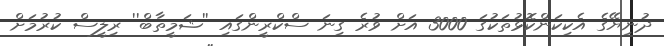
ދުނިޔޭގެ އެކިކަންކޮޅުތަކުގަ 3000 އަށް ވުރެ ގިނަ ސްކްރީންގައި ''ޝަމީތާބް'' ރިލީސް ކުރުމަށް